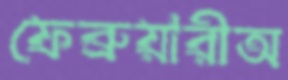
ফেব্রুয়ারীঅ